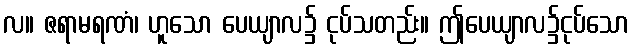
လ။ ဇရာမရဏံ၊ ဟူသော ပေယျာလ၌ ငုပ်သတည်း။ ဤပေယျာလ၌ငုပ်သော